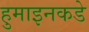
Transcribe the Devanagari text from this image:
हुमाइनकडे